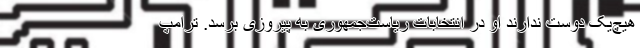
هیچ‌یک دوست ندارند او در انتخابات ریاست‌جمهوری به پیروزی برسد. ترامپ